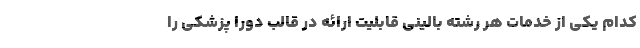
کدام یکی از خدمات هر رشته بالینی قابلیت ارائه در قالب دورا پزشکی را